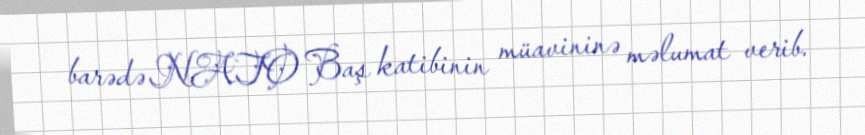
barədə NATO Baş katibinin müavininə məlumat verib.